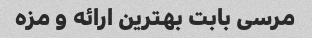
مرسی بابت بهترین ارائه و مزه